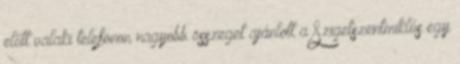
előtt valaki telefonon nagyobb összeget ajánlott a Szigetszentmiklós egy